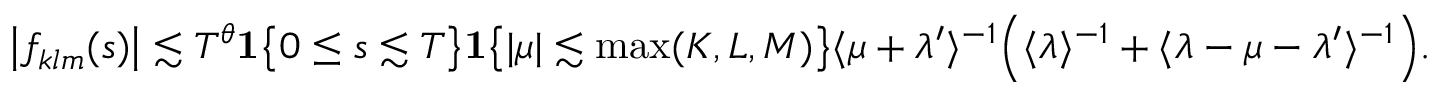
\big | f _ { k l m } ( s ) \big | \lesssim T ^ { \theta } \mathbf { 1 } \big \{ 0 \leq s \lesssim T \big \} \mathbf { 1 } \big \{ | \mu | \lesssim \operatorname* { m a x } ( K , L , M ) \big \} \langle \mu + \lambda ^ { \prime } \rangle ^ { - 1 } \Big ( \langle \lambda \rangle ^ { - 1 } + \langle \lambda - \mu - \lambda ^ { \prime } \rangle ^ { - 1 } \Big ) .